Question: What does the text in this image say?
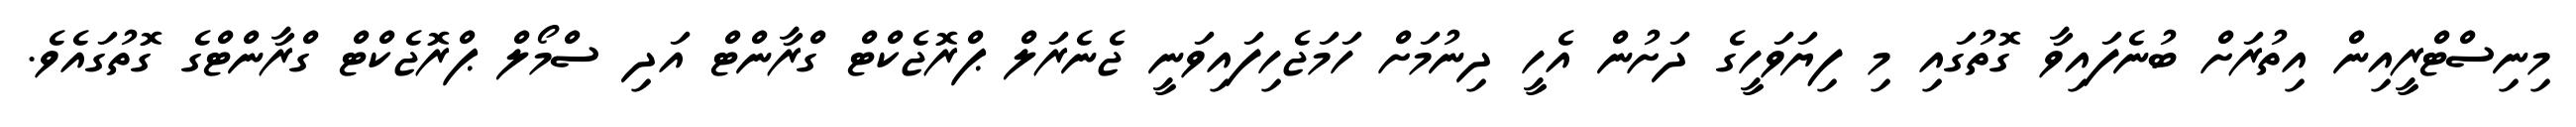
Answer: މިނިސްޓްރީއިން އިތުރަށް ބުނެފައިވާ ގޮތުގައި މި ފިޔަވަހީގެ ދަށުން އެހީ ދިނުމަށް ހަމަޖެހިފައިވަނީ ޖެނެރަލް ޕްރޮޖެކްޓް ގްރާންޓް އަދި ސްމޯލް ޕްރޮޖެކްޓް ގްރާންޓްގެ ގޮތުގައެވެ.